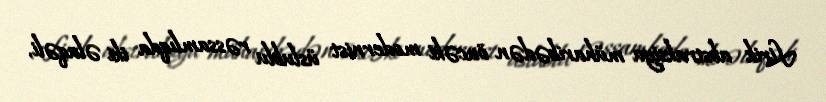
Lirik abstraksiya müharibədən öncəki modernist üslublu rəssamlıqda iki əlaqəli,